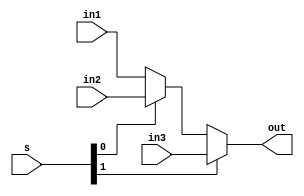
`timescale 1ps/1ps
module multiplexer3 #(parameter size = 8) (input [size-1:0] in1 , in2 ,in3, input[1:0] s , output [size-1:0] out );
  assign out = s[1] ? in3 : s[0] ? in2 : in1;
endmodule